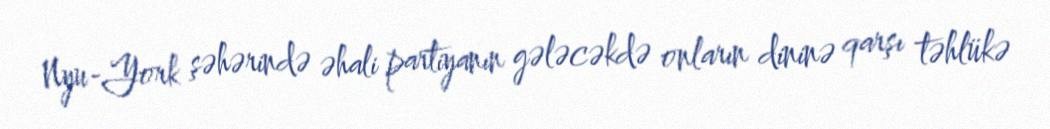
Nyu-York şəhərində əhali partiyanın gələcəkdə onların dininə qarşı təhlükə